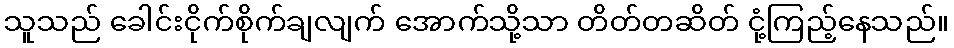
သူသည် ခေါင်းငိုက်စိုက်ချလျက် အောက်သို့သာ တိတ်တဆိတ် ငုံ့ကြည့်နေသည်။